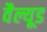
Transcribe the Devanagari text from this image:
वैल्यूड